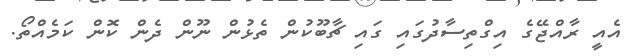
އެއީ ރާއްޖޭގެ އިގްތިސާދުގައި ގައި ޗާބޫކުން ތެޅުން ނޫން ދެން ކޮން ކަމެއްތޯ.